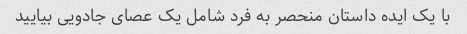
با یک ایده داستان منحصر به فرد شامل یک عصای جادویی بیایید